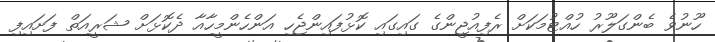
ހޫނުވެ ބެންގަލޫރު ހުއްޓުމަކަށް ރެފިއުޖީންގެ ގައިގައި ކޮޅުފައިންޖެހި އަންހެންމީހާއާ ދެކޮޅަށް ޝަރީއަތް ފަށައިފި